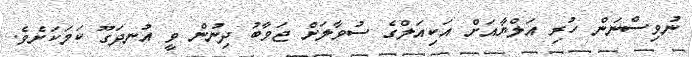
ނުވިސްނަން ހުރި އަލްޔާއަށް އަކިއަލްގެ ސުވާލަށް ޖަވާބު ދިނުން ވީ އުނދަގޫ ކަމަކަށެވެ.